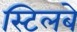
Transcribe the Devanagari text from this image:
स्टिलबे